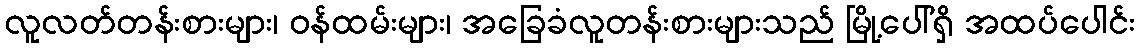
လူလတ်တန်းစားများ၊ ဝန်ထမ်းများ၊ အခြေခံလူတန်းစားများသည် မြို့ပေါ်ရှိ အထပ်ပေါင်း